Senior Leaving Certificate Examination (including Day School Certificate (Higher) General paper), 1949
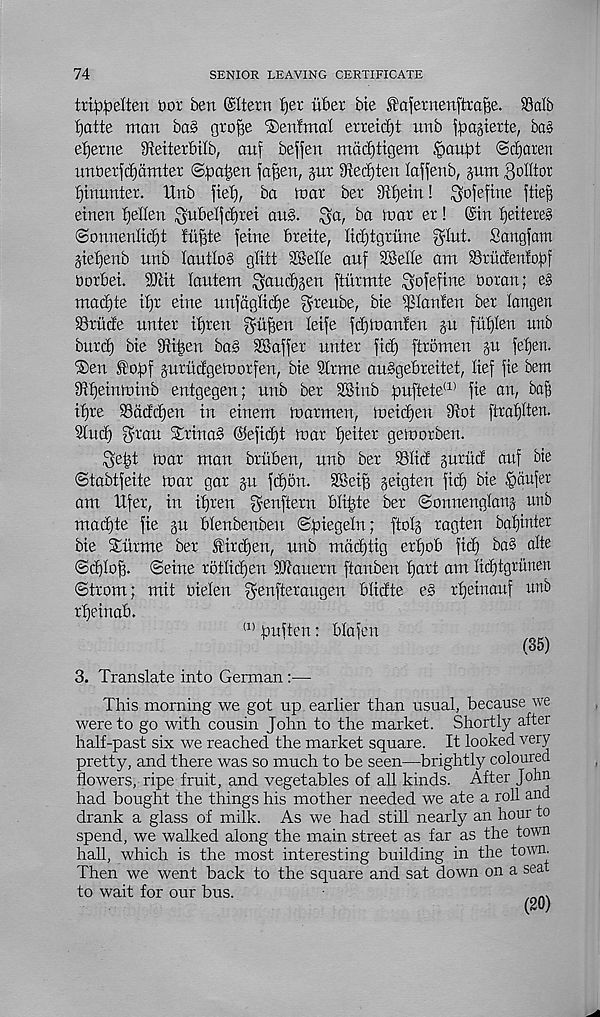
74
SENIOR LEAVING CERTIFICATE
trippelten bor ben ©Item !)et iiber bte IJ'afernenftra^e. 33alb
fyatte man ba§ o r°Be ®en!mat erreidjt nnb ^agierte, bag
etjerne 91eiterbilb, auf beffen mcicbtigem §aupt ©djaren
unberfd)dmter @;pa|en fa^en, gur 9ieci)ten laffenb, gum Bjlltor
fjtnunter. Unb \iet) f ba mar ber ytyexnl ^ofeftne ftiefj
einen bjelleu ^nbel|d)rei aim. $a, ba mar er! ©in fjetteres
©onnenlidEjt iit|3te feine fireite, Kdjtgrune glut. Sangfam
gietjenb unb lautlob glitt SSelte auf SBelte am S3rucfen!of)f
borbet. 9Xcit lautem gaudjgen ftiirmte gofeftne Doran; eg
macfjte if)r eine unfaglictje greube, bte iptanlen ber langen
23rucfe unter itjrett gufjen leife frfjmanfen gu fittjlen unb
buret) bie tRitgen bag SEaffer unter fief) ftromen gu fetjen.
®en J^ofif gurutfgemorfen, bie Strme auggebreitet, lief fie bent
Stfjeinminb entgegen; unb ber SSinb f)uftete (1) fie an, bafj
it)re SSdcfcfjen in einem marmen, meict)en iRot ftratjlten.
Stucf) gran SErinag ©efietjt mar tjeiter gemorben.
ge|t mar man britben, unb ber S'ficf guriicf attf bie
©tabtfeite mar gar gu fetjon. 3Bei^ geigten fid) bie fpdufer
am Ufer, in itjren genftern bli^te ber ©onnenglang unb
mact)te fie gu btenbenbeu ©piegeln; ftotg ragten bafjinter
bie SEittme ber firemen, unb mactjtig erfjob fid) ba§ alte
©djtoff. ©eine rbttic^en SSRauern ftanben tjart am lidjtgrunen
©trom; mit oielen genfteraugen btidte eg rt)einauf unb
rfjeinab.
(1) ftuften: btafen
(35)
3. Translate into German :—
This morning we got up earlier than usual, because we
were to go with cousin John to the market. Shortly after
half-past six we reached the market square. It looked very
pretty, and there was so much to be seen—brightly coloured
flowers, ripe fruit, and vegetables of all kinds. After John
had bought the things his mother needed we ate a roll and
drank a glass of milk. As we had still nearly an hour to
spend, we walked along the main street as far as the town
hall, which is the most interesting building in the town.
Then we went back to the square and sat down on a seat
to wait for our bus.